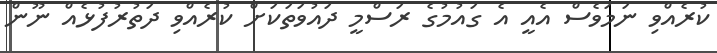
ކުރެއްވި ނަމަވެސް އެއީ އެ ގައުމުގެ ރަސްމީ ދައުވަތަކަށް ކުރެއްވި ދަތުރުފުޅެއް ނޫން